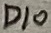
Text: D10